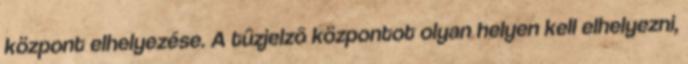
központ elhelyezése. A tûzjelzõ központot olyan helyen kell elhelyezni,